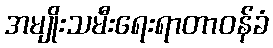
အမျိုးသမီးရေးရာတာဝန်ခံ